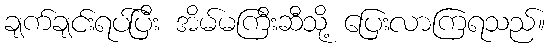
ချက်ချင်းရပ်ပြီး အိမ်မကြီးဆီသို့ ပြေးလာကြရသည်။